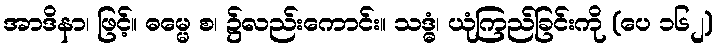
အာဒိနာ၊ ဖြင့်။ ဓမ္မေ စ၊ ၌လည်းကောင်း။ သဒ္ဓံ၊ ယုံကြည်ခြင်းကို (ပေ ၁၆၂)